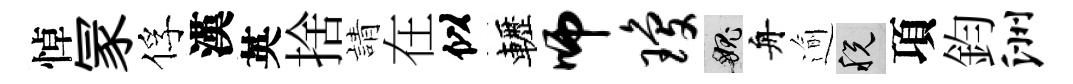
悼冡俘漢英捨請在似轣师琼愧舟逾税項鈞洲